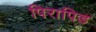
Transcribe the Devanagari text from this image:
पिरापिड